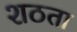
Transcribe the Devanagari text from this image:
शठता